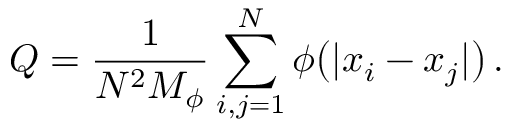
Q = \frac { 1 } { N ^ { 2 } M _ { \phi } } \sum _ { i , j = 1 } ^ { N } \phi \big ( | x _ { i } - x _ { j } | \big ) \, .